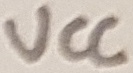
Text: VCC